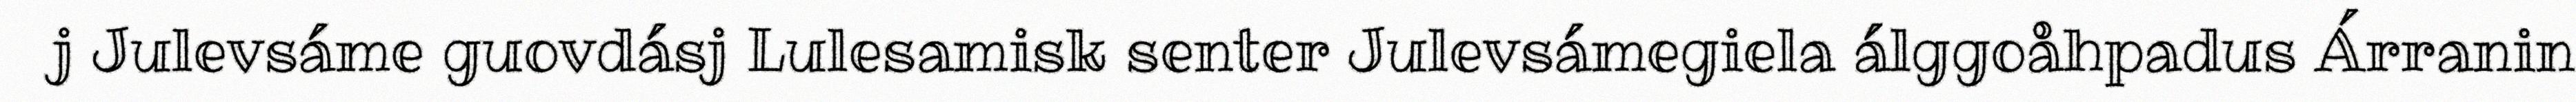
j Julevsáme guovdásj Lulesamisk senter Julevsámegiela álggoåhpadus Árranin